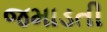
જમાડતી